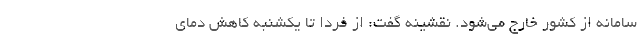
سامانه از کشور خارج می‌شود. نقشینه گفت: از فردا تا یکشنبه کاهش دمای